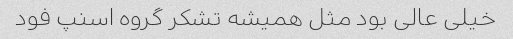
خیلی عالی بود مثل همیشه تشکر گروه اسنپ فود